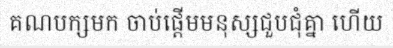
គណបក្សមក ចាប់ផ្តើមមនុស្សជួបជុំគ្នា ហើយ